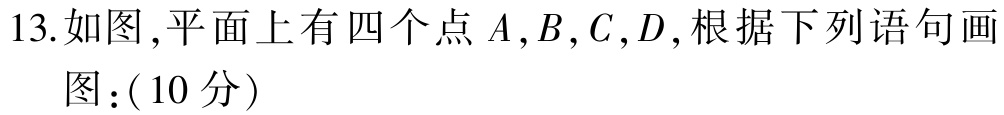
13.如图,平面上有四个点\(A,B,C,D\),根据下列语句画

图:（10分）